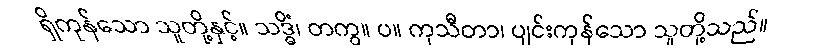
ရှိကုန်သော သူတို့နှင့်။ သဒ္ဓိံ၊ တကွ။ ပ။ ကုသီတာ၊ ပျင်းကုန်သော သူတို့သည်။